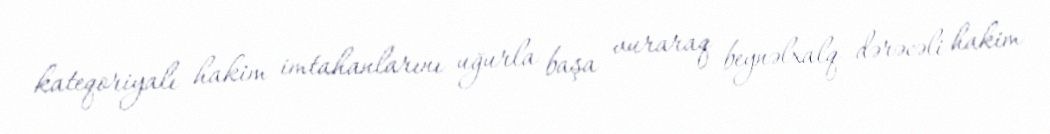
kateqoriyalı hakim imtahanlarını uğurla başa vuraraq beynəlxalq dərəcəli hakim